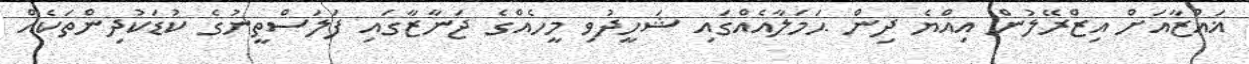
ޣައްޒާއަށް އިޒްރޭލުން އިއްޔެ ދިން ޙަމަލާއެއްގައި ޝަހީދުވި މީހެއްގެ ޖަނާޒާގައި ފަލަސްތީނުގެ ކުޑަކުދިންތަކެއް